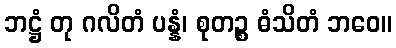
ဘဋ္ဌံ တု ဂလိတံ ပန္နံ၊ စုတဉ္စ ဓံသိတံ ဘဝေ။